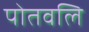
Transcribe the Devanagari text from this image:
पोतवलि